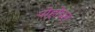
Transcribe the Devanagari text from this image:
पोहोचल